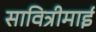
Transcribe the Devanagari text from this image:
सावित्रीमाई